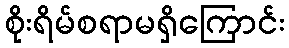
စိုးရိမ်စရာမရှိကြောင်း